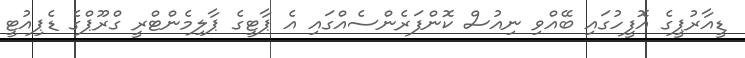
ޑީއާރުޕީގެ އޮފީހުގައި ބޭއްވި ނިއުސް ކޮންފަރެންސެއްގައި އެ ޕާޓީގެ ޕާލިމެންޓްރީ ގްރޫޕްގެ ޑެޕިއުޓީ